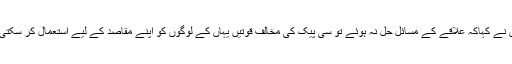
انہوں نے کہاکہ علاقے کے مسائل حل نہ ہوئے تو سی پیک کی مخالف قوتیں یہاں کے لوگوں کو اپنے مقاصد کے لیے استعمال کر سکتی ہیں۔